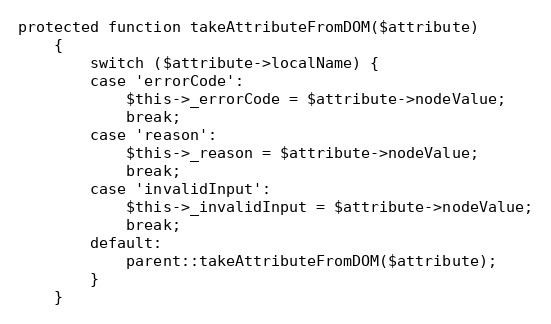
Language: PHP
protected function takeAttributeFromDOM($attribute)
    {
        switch ($attribute->localName) {
        case 'errorCode':
            $this->_errorCode = $attribute->nodeValue;
            break;
        case 'reason':
            $this->_reason = $attribute->nodeValue;
            break;
        case 'invalidInput':
            $this->_invalidInput = $attribute->nodeValue;
            break;
        default:
            parent::takeAttributeFromDOM($attribute);
        }
    }